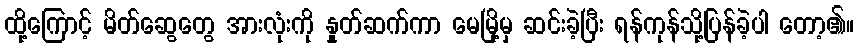
ထို့ကြောင့် မိတ်ဆွေတွေ အားလုံးကို နှုတ်ဆက်ကာ မေမြို့မှ ဆင်းခဲ့ပြီး ရန်ကုန်သို့ပြန်ခဲ့ပါ တော့၏။